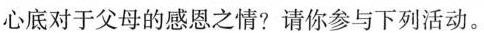
心底对于父母的感恩之情?请你参与下列活动。